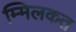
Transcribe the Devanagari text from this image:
म्मिलकत